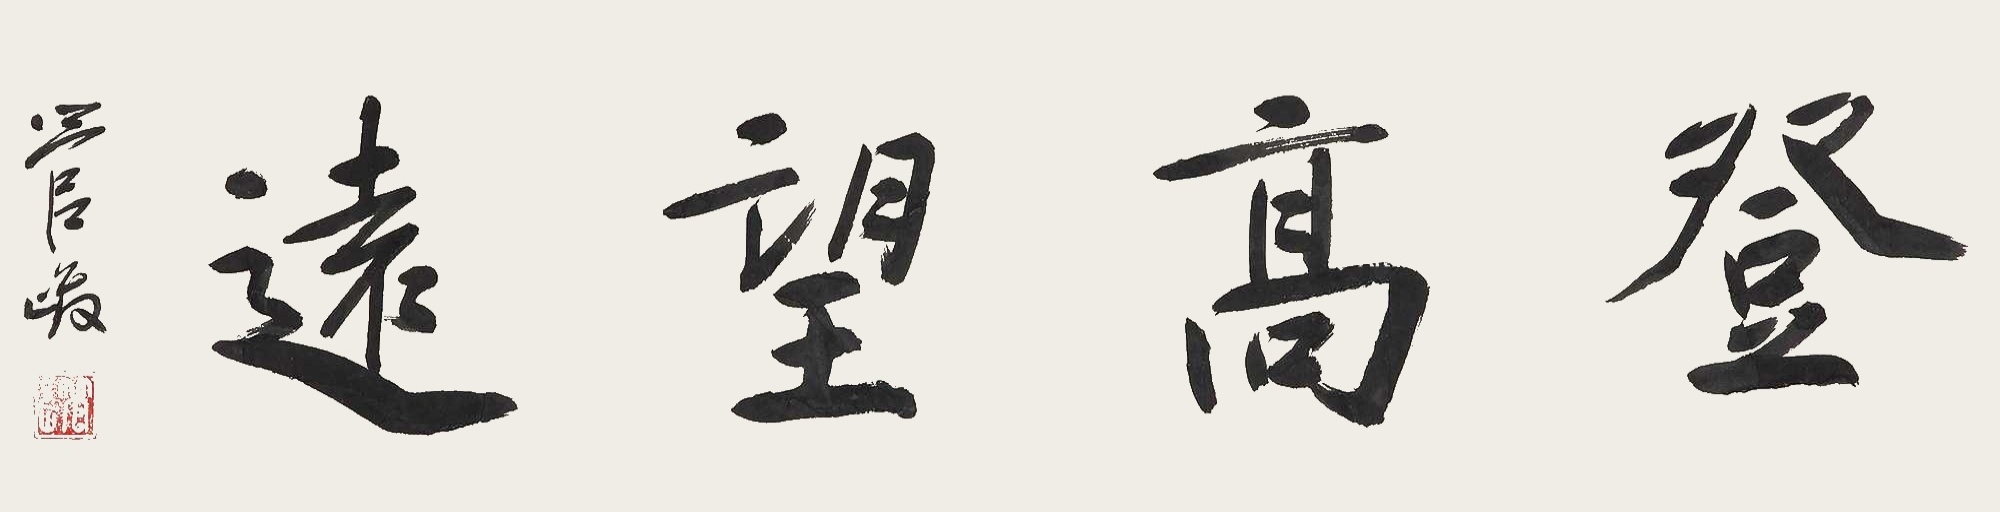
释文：登高望远。管峻。